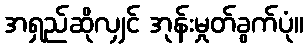
အရှည်ဆိုလျှင် အုန်းမှုတ်ခွက်ပုံ။